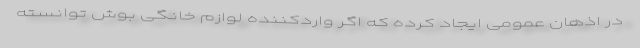
در اذهان عمومی ایجاد کرده که اگر واردکننده لوازم خانگی بوش توانسته